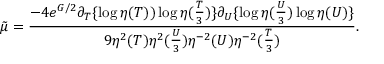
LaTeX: { \tilde { \mu } } = \frac { - 4 e ^ { G / 2 } \partial _ { T } \{ \log \eta ( T ) ) \log \eta ( \frac { T } { 3 } ) \} \partial _ { U } \{ \log \eta ( \frac { U } { 3 } ) \log \eta ( U ) \} } { 9 \eta ^ { 2 } ( T ) \eta ^ { 2 } ( \frac { U } { 3 } ) \eta ^ { - 2 } ( U ) \eta ^ { - 2 } ( \frac { T } { 3 } ) } .